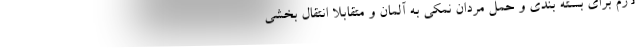
لازم برای بسته بندی و حمل مردان نمکی به آلمان و متقابلا انتقال بخشی